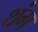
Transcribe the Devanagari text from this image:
थंग